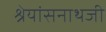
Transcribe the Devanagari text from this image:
श्रेयांसनाथजी